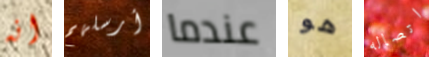
انه أرسلهم عندما هو اتصاله